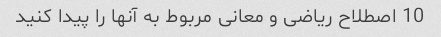
10 اصطلاح ریاضی و معانی مربوط به آنها را پیدا کنید